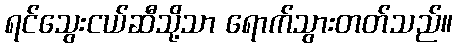
ရင်သွေးငယ်ဆီသို့သာ ရောက်သွားတတ်သည်။